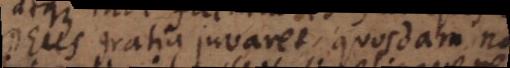
Deus gratia juvaret, quosdam